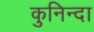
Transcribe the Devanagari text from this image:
कुनिन्दा